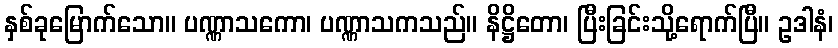
နှစ်ခုမြောက်သော။ ပဏ္ဏာသကော၊ ပဏ္ဏာသကသည်။ နိဋ္ဌိတော၊ ပြီးခြင်းသို့ရောက်ပြီ။ ဥဒါနံ၊